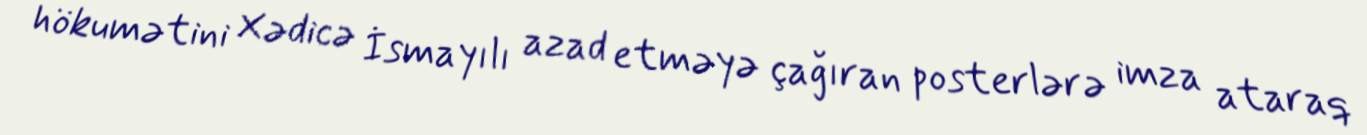
hökumətini Xədicə İsmayılı azad etməyə çağıran posterlərə imza ataraq